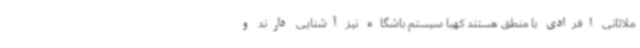
ملاثانی افرادی با منطق هستند کهبا سیستم باشگاه نیز آشنایی دارند و